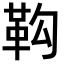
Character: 䩓